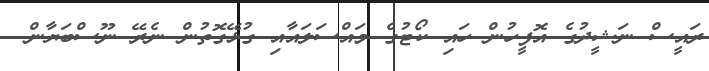
ރައީސް ނަޝީދުގެ އޮފީހުން ހައި ކޯޓުގެ މައްސަލައާއި ގުޅޭގޮތުން ނެރޭ ނޫސްބަޔާން